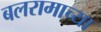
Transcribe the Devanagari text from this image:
बलरामाच्या